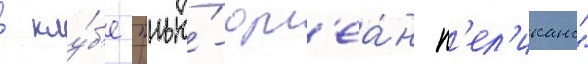
в клу́б'е "нью́-орл'еа́н п'ел'иканс"